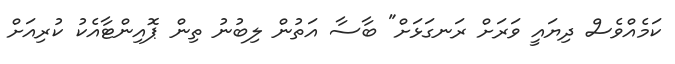
ކަމެއްވެސް ދިޔައީ ވަރަށް ރަނގަޅަށް" ބާސާ އަތުން ލިބުނު ތިން ޕޮއިންޓާއެކު ކުރިއަށް